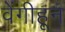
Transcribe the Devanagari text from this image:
वेंगीहून